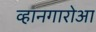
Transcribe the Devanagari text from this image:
व्हानगारोआ